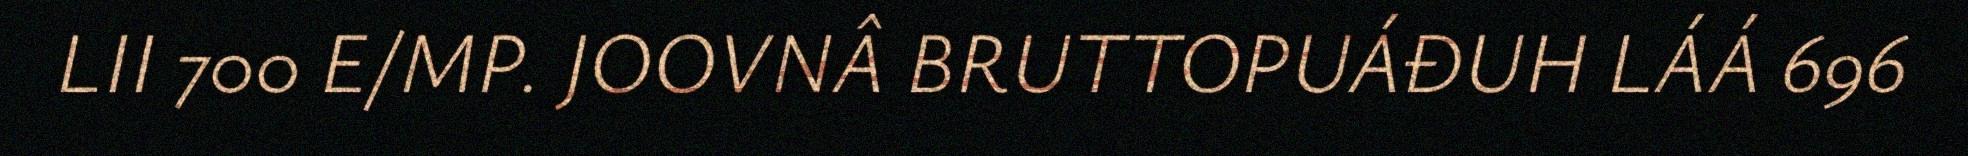
LII 700 E/MP. JOOVNÂ BRUTTOPUÁĐUH LÁÁ 696